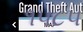
૧૫૮૫